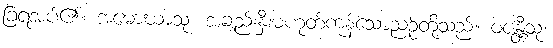
ခြံရံအပ်၏။ အမောဃာသု၊ အချည်းနှီးမဟုတ်ကုန်သောညဉ့်တို့သည်။ ဝဇန္တီသု၊